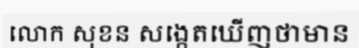
លោក សុខន សង្កេតឃើញថាមាន